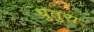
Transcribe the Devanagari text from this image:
धुतुरा